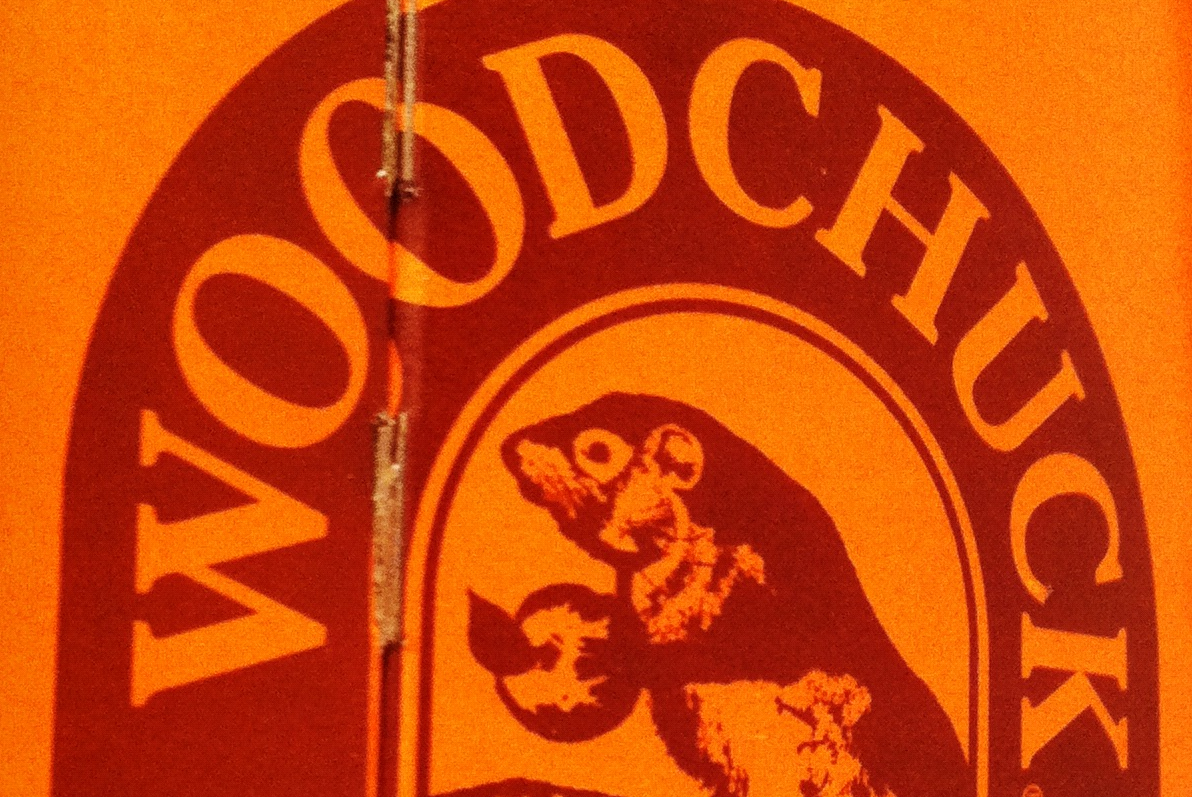
WOODCHUCK